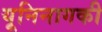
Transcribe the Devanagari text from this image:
यूनिनागकी